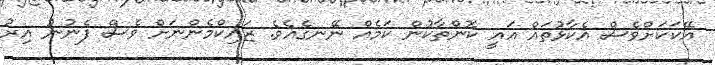
އޭކަކަށްވެސް އެކާޅުތައް އައީ ކޮންތާކުން ކަމެއް ނޭނގެއެވެ. ޒައިކްމެންނަށް ވެސް ފެނުނު އިރު